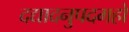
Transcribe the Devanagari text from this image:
दद्यादनुपदमहो